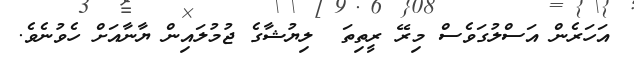
އަހަރެން އަސްލުގަވެސް މިރޭ ރީތިތަ  ލިޔުޝާގެ ޖުމުލައިން ޔާނާއަށް ހެވުނެވެ.